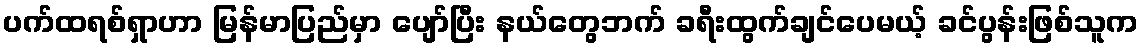
ပက်ထရစ်ရှာဟာ မြန်မာပြည်မှာ ပျော်ပြီး နယ်တွေဘက် ခရီးထွက်ချင်ပေမယ့် ခင်ပွန်းဖြစ်သူက